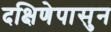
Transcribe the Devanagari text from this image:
दक्षिणेपासुन